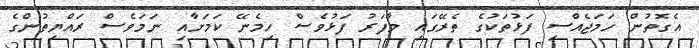
އެގޮތުން ހަމަޖެއްސި ފަޅުތަކުގެ ތެރޭގައި މާފަރު ފަޅުވެސް ހިމެނޭ ކަމަށާއި ނަމަވެސް ރައްޔިތުންގެ